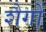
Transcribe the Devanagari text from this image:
शैगों